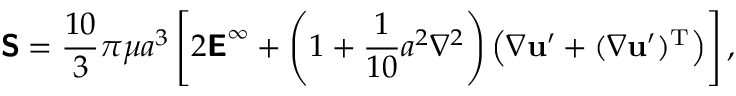
{ \boldsymbol { \mathsf { S } } } = { \frac { 1 0 } { 3 } } \pi \mu a ^ { 3 } \left[ 2 { \boldsymbol { \mathsf { E } } } ^ { \infty } + \left( 1 + { \frac { 1 } { 1 0 } } a ^ { 2 } \nabla ^ { 2 } \right) \left( { \boldsymbol { \nabla } } \mathbf { u } ^ { \prime } + ( { \boldsymbol { \nabla } } \mathbf { u } ^ { \prime } ) ^ { \mathrm { T } } \right) \right] ,